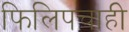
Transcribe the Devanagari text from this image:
फिलिपचाही